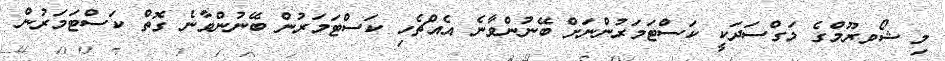
މި ޝޯވރޫމްގެ މަގްސަދަކީ ކަސްޓަމަރުންނަށް ބޭނުންވާނެ އެއްޗެހި ކަސްޓަމަރުން ބޭނުންވާނެ ގޮތް ކަސްޓަމަރުން